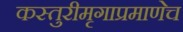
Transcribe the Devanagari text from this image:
कस्तुरीमृगाप्रमाणेच